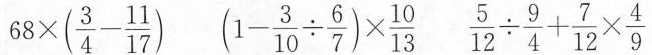
68 \times (\frac{3}{4} - \frac{11}{17}) ( 1 - \frac{3}{10} \div \frac{6}{7}) \times \frac{10}{13} \frac{5}{12} \div \frac{9}{4} + \frac{7}{12}\times \frac{4}{9}